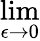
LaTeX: \operatorname*{lim}_{\epsilon\to 0}